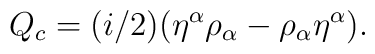
Q_{c}=(i/2)({\eta}^{\alpha}{\rho}_{\alpha}-{\rho}_{\alpha}{\eta}^{\alpha}).